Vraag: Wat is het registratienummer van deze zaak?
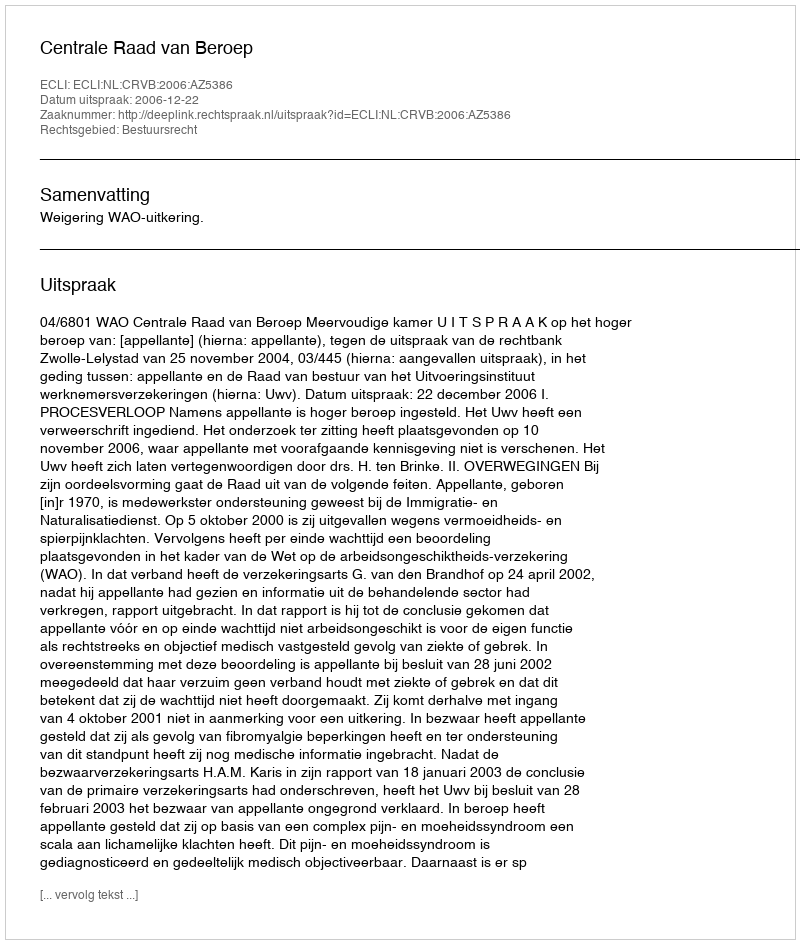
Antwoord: http://deeplink.rechtspraak.nl/uitspraak?id=ECLI:NL:CRVB:2006:AZ5386